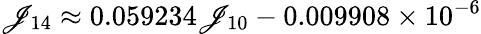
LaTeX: \mathscr{J}_{14}\approx0.059234\mathscr{J}_{10}-0.009908\times10^{-6}